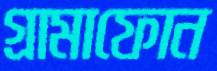
গ্রামাফোন